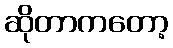
ဆိုတာကတော့